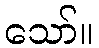
သော်။